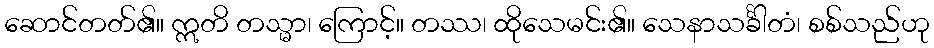
ဆောင်တတ်၏။ ဣတိ တသ္မာ၊ ကြောင့်။ တဿ၊ ထိုသေမင်း၏။ သေနာသင်္ခါတံ၊ စစ်သည်ဟု